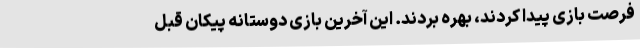
فرصت بازی پیدا کردند، بهره بردند. این آخرین بازی دوستانه پیکان قبل